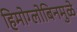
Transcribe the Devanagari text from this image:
हिमोग्लोबिनमुळे